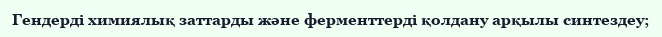
Гендерді химиялық заттарды және ферменттерді қолдану арқылы синтездеу;